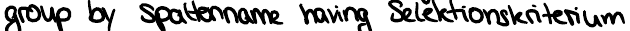
group by Spaltenname having Selektionskriterium